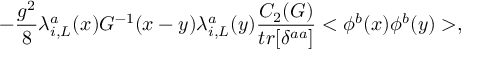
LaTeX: - \frac { g ^ { 2 } } { 8 } \lambda _ { i , L } ^ { a } ( x ) G ^ { - 1 } ( x - y ) \lambda _ { i , L } ^ { a } ( y ) \frac { C _ { 2 } ( G ) } { t r [ \delta ^ { a a } ] } < \phi ^ { b } ( x ) \phi ^ { b } ( y ) > ,